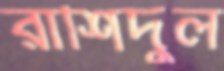
রাশিদুল